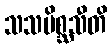
သသမိစ္ဆသီတိ